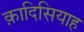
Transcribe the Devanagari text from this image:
क़ादिसियाह